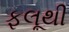
ફલૂથી